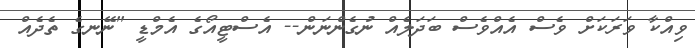
ވިއްކާ ވަރަކަށް ވެސް އެއްވެސް ބަދަލެއް ނުގެންނަން-- އެސްޓީއޯގެ އެމްޑީ "ނޭނގެ ތެދެއް